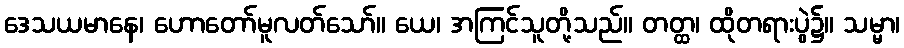
ဒေသယမာနေ၊ ဟောတော်မူလတ်သော်။ ယေ၊ အကြင်သူတို့သည်။ တတ္ထ၊ ထိုတရားပွဲ၌။ သမ္မာ၊